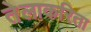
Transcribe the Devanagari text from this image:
तेलाकरिता